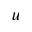
_ u